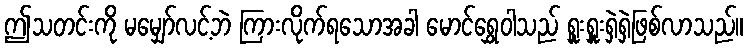
ဤသတင်းကို မမျှော်လင့်ဘဲ ကြားလိုက်ရသောအခါ မောင်ရွှေဝါသည် ရှူးရှူးရှဲရှဲဖြစ်လာသည်။